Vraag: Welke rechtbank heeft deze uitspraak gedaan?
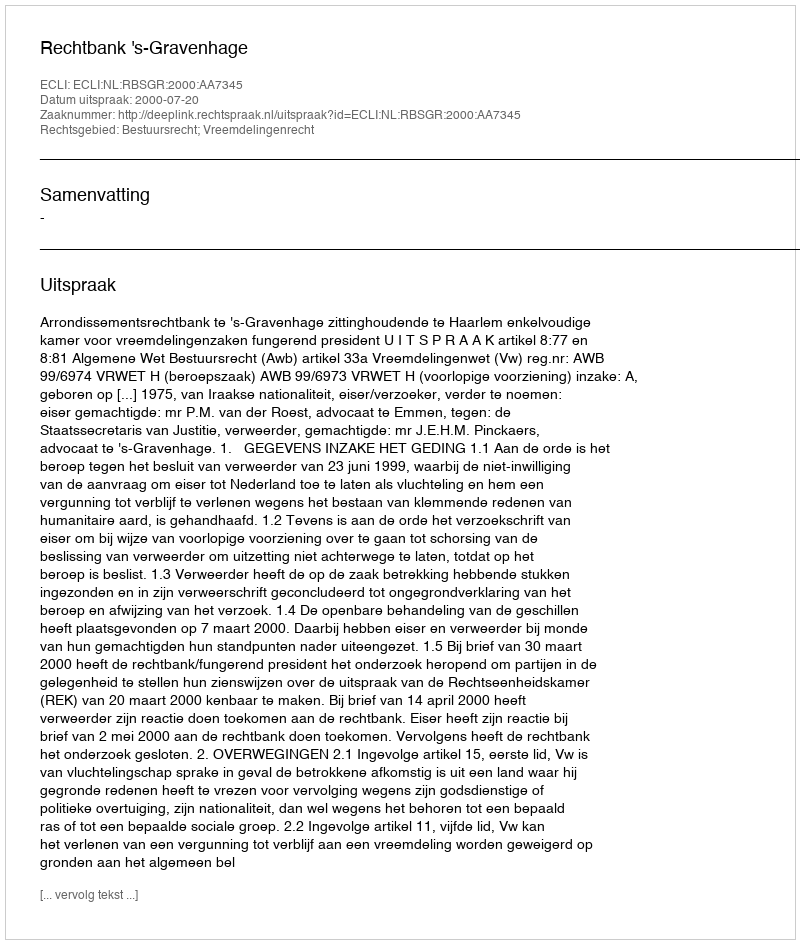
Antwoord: Rechtbank 's-Gravenhage